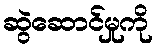
ဆွဲဆောင်မှုကို